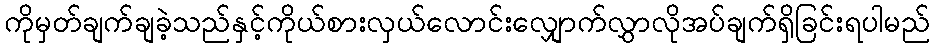
ကိုမှတ်ချက်ချခဲ့သည်နှင့်ကိုယ်စားလှယ်လောင်းလျှောက်လွှာလိုအပ်ချက်ရှိခြင်းရပါမည်